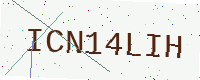
Text: ICN14LIH